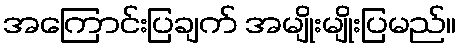
အကြောင်းပြချက် အမျိုးမျိုးပြမည်။